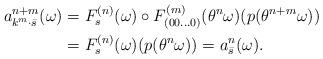
LaTeX: \begin{align*}a^{n+m}_{k^m \cdot \bar s} (\omega) &=F_{s}^{(n)}(\omega) \circ F_{(00\ldots 0)}^{(m)}(\theta ^n\omega) (p(\theta ^{n+m}\omega))\\&= F_{s}^{(n)}(\omega) (p(\theta ^n\omega))= a^n _{\bar s} (\omega).\end{align*}